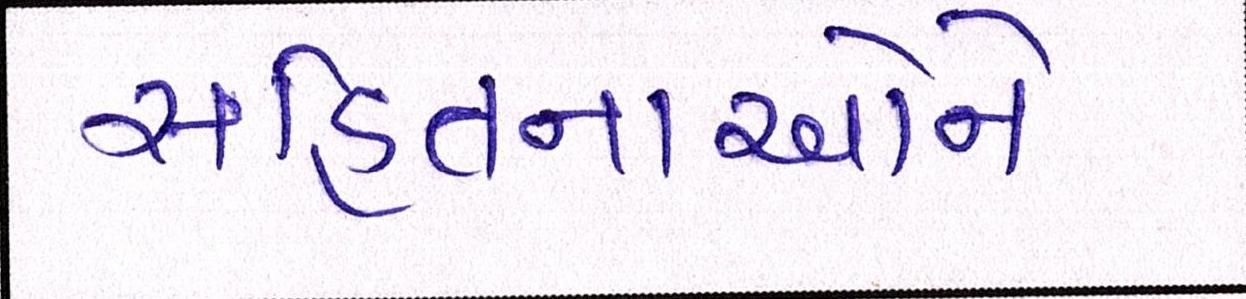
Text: સહિતનાઓને